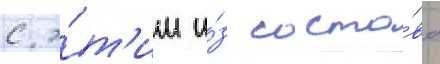
с э́т'им и́з соста́ва